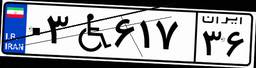
۰۳W۶۱۷۳۶